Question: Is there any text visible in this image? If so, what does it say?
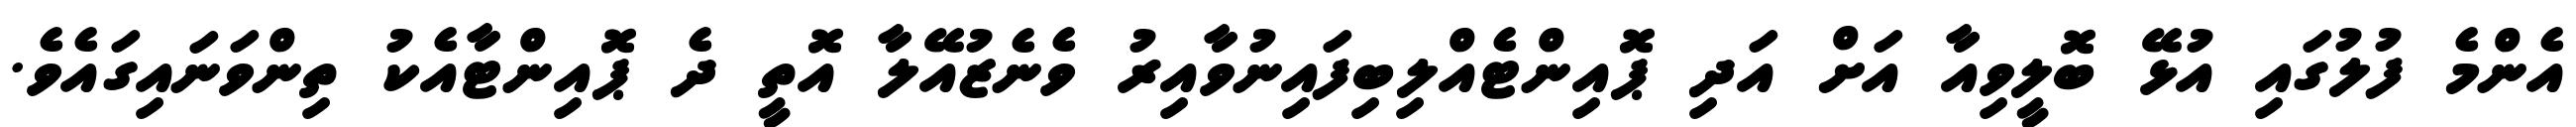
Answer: އެންމެ ފުލުގައި އުޅޭ ބޮލީވިއާ އަށް އަދި ޕޮއިންޓެއްލިބިފައިނުވާއިރު ވެނެޒުއޭލާ އޮތީ ދެ ޕޮއިންޓާއެކު ތިންވަނައިގައެވެ.